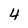
Character: 4